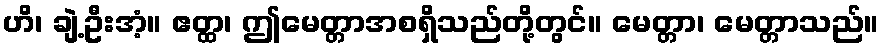
ဟိ၊ ချဲ့ဦးအံ့။ ဧတ္ထ၊ ဤမေတ္တာအစရှိသည်တို့တွင်။ မေတ္တာ၊ မေတ္တာသည်။